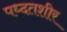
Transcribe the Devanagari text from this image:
पध्दतशीर